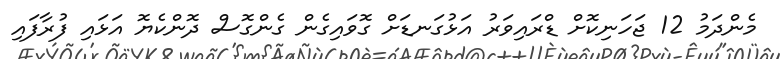
މެންދަމު 12 ޖަހަނިކޮށް ޑްރައިވަރު އަޅުގަނޑަށް ގޮވައިގެން ގެންގޮސް ދޮންކެޔޮ އަޅައި ފުރާފައި